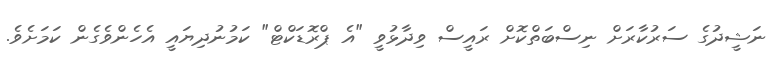
ނަޝީދުގެ ސަރުކާރަށް ނިސްބަތްކޮށް ރައީސް ވިދާޅުވީ "އެ ޕްރޮޑަކްޓް" ކަމުނުދިޔައީ އެހެންވެގެން ކަމަށެވެ.